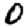
Digit: 0